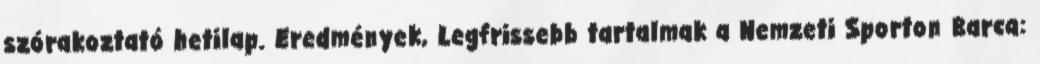
szórakoztató hetilap. Eredmények, Legfrissebb tartalmak a Nemzeti Sporton Barca: